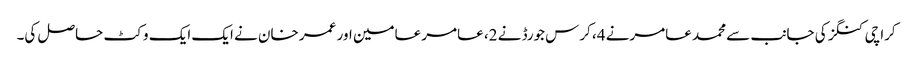
کراچی کنگز کی جانب سے محمد عامرنے 4، کرس جورڈ نے 2، عامر عامین اور عمر خان نے ایک ایک وکٹ حاصل کی۔